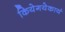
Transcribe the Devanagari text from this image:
कियेगयेकार्य